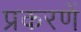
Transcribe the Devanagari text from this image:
प्रकरणें